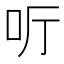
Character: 𠯸